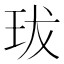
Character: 𤤒